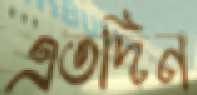
এতদিন